Vaccination in the Punjab 1905-1918 - 1905-1918
Year: 1905
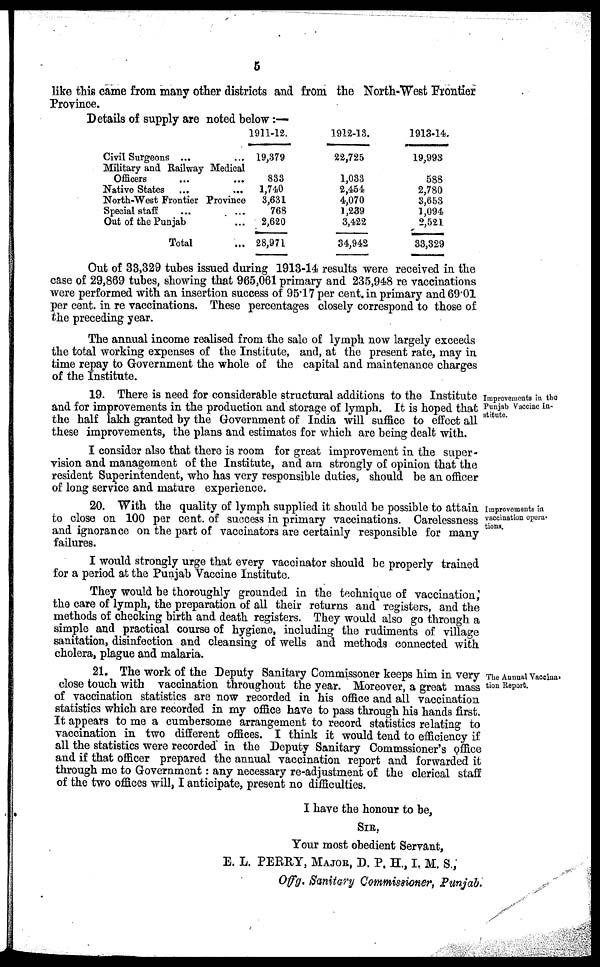
5
like this came from many other districts and from the North-West Frontier
Province.
Details of supply are noted below:—
Civil Surgeons ... ...
Military and Railway Medical
Officers ... ...
Native States ... ...
North-West Frontier Province
Special staff ... ...
Out of the Punjab ...
Total ...
1911-12.
19,379
833
1,740
3,631
768
2,620
28,971
1912-13.
22,725
1,033
2,454
4,070
1,239
3,422
34,942
1913-14.
19,993
588
2,780
3,653
1,094
2,521
33,329
Out of 33,329 tubes issued during 1913-14 results were received in the
case of 29,869 tubes, showing that 965,061 primary and 235,948 re vaccinations
were performed with an insertion success of 95.17 per cent. in primary and 69.01
per cent. in re vaccinations. These percentages closely correspond to those of
the preceding year.
The annual income realised from the sale of lymph now largely exceeds
the total working expenses of the Institute, and, at the present rate, may in
time repay to Government the whole of the capital and maintenance charges
of the Institute.
Improvements in the
Punjab Vaccine In-
stitute.
19. There is need for considerable structural additions to the Institute
and for improvements in the production and storage of lymph. It is hoped that
the half lakh granted by the Government of India will suffice to effect all
these improvements, the plans and estimates for which are being dealt with.
I consider also that there is room for great improvement in the super-
vision and management of the Institute, and am strongly of opinion that the
resident Superintendent, who has very responsible duties, should be an officer
of long service and mature experience.
Improvements in
vaccination opera-
tions.
20. With the quality of lymph supplied it should be possible to attain
to close on 100 per cent. of success in primary vaccinations. Carelessness
and ignorance on the part of vaccinators are certainly responsible for many
failures.
I would strongly urge that every vaccinator should be properly trained
for a period at the Punjab Vaccine Institute.
They would be thoroughly grounded in the technique of vaccination,
the care of lymph, the preparation of all their returns and registers, and the
methods of checking birth and death registers. They would also go through a
simple and practical course of hygiene, including the rudiments of village
sanitation, disinfection and cleansing of wells and methods connected with
cholera, plague and malaria.
The Annual Vaccina-
tion Report.
21. The work of the Deputy Sanitary Commissoner keeps him in very
close touch with vaccination throughout the year. Moreover, a great mass
of vaccination statistics are now recorded in his office and all vaccination
statistics which are recorded in my office have to pass through his hands first.
It appears to me a cumbersome arrangement to record statistics relating to
vaccination in two different offices. I think it would tend to efficiency if
all the statistics were recorded in the Deputy Sanitary Commssioner's office
and if that officer prepared the annual vaccination report and forwarded it
through me to Government: any necessary re-adjustment of the clerical staff
of the two offices will, I anticipate, present no difficulties.
I have the honour to be,
SIR,
Your most obedient Servant,
E. L. PERRY, MAJOR, D. P. H., I. M. S.,
Offg. Sanitary Commissioner, Punjab.